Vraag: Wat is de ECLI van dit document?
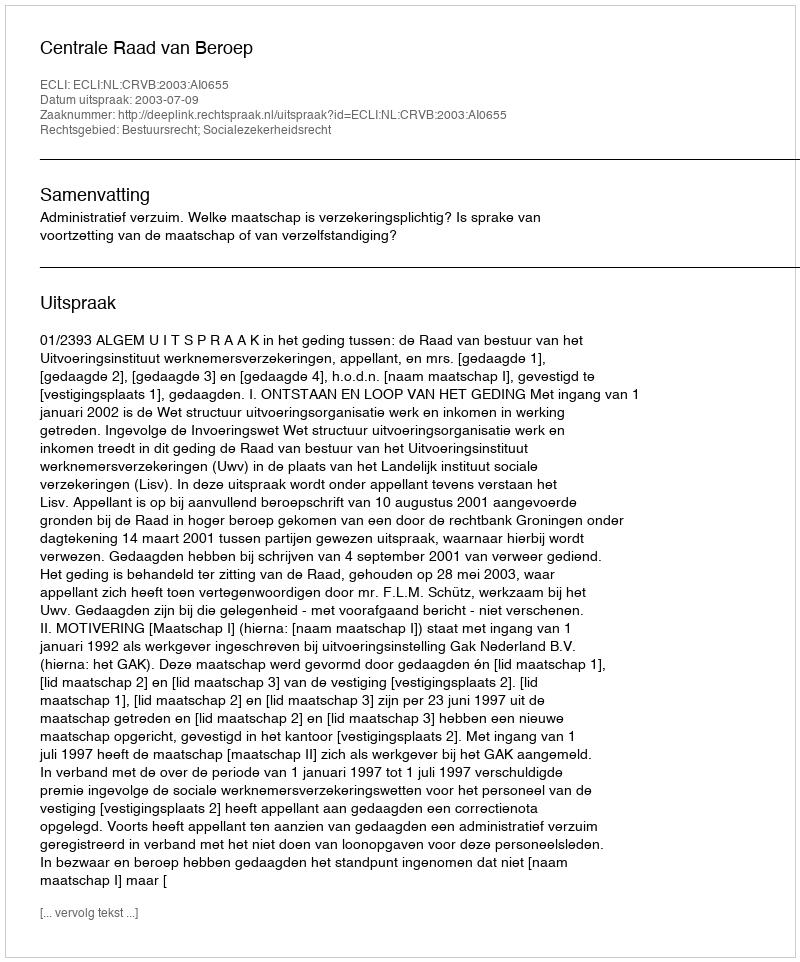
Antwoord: ECLI:NL:CRVB:2003:AI0655